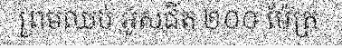
ព្រមឈប់ អូសជិត ២០០ ម៉ែត្រ